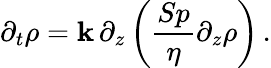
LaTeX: \partial_{t}\rho=\mathbf{k}\, \partial_{z}\left(\frac{{Sp}}{{\eta}}\partial_{z}\rho\right)\, .